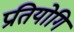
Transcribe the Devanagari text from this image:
प्रतियोगि